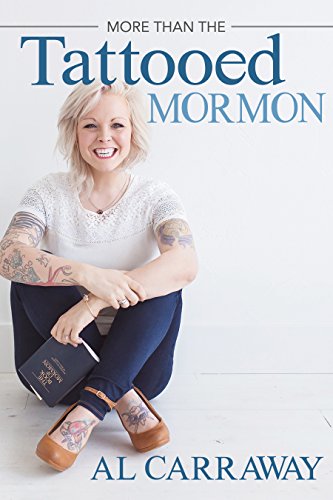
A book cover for More than the Tattooed Mormon; Al Carraway; Christian Books & Bibles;